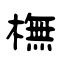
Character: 橅